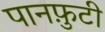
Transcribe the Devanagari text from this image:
पानफ़ुटी